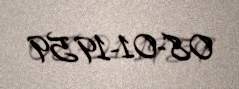
08-01-1959